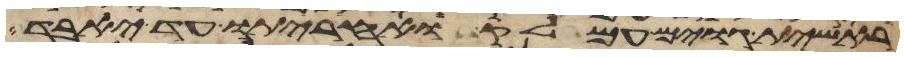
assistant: ראשית גוים עמלק ואחריתו עד יאבד